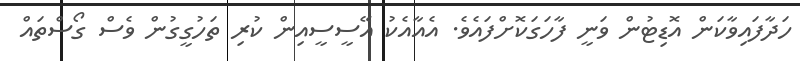
ހަދާފައިވާކަން އޮޑިޓުން ވަނީ ފާހަގަކޮށްފައެވެ. އެއާއެކު އޭސީސީއިން ކުރި ތަހުގީގުން ވެސް ގޯސްތައް